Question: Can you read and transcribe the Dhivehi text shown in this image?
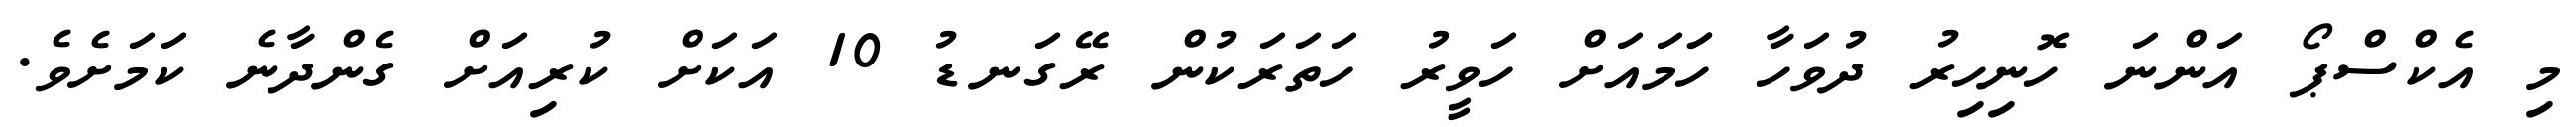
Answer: މި އެކްސްޕޯ އަންނަ ހޮނިހިރު ދުވަހާ ހަަމައަށް ހަވީރު ހަތަރަކުން ރޭގަނޑު 10 އަކަށް ކުރިއަށް ގެންދާނެ ކަމަށެވެ.